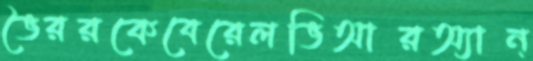
ভৈররকেবেরেলভিআরঅ্যান্